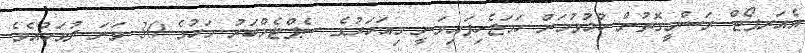
އެއަރޕޯޓް ރަސްމީގޮތުން ހުޅުވުމަށް ހަމަޖެހިފައިވަނީ މިއަހަރުގެ ސެޕްޓެމްބަރު މަހުގެ 30 ވަނަ ދުވަހުއެވެ.